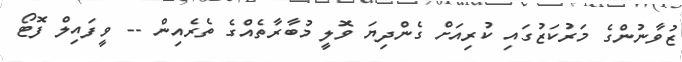
ޒުވާނުންގެ މަރުކަޒުގައި ކުރިއަށް ގެންދިޔަ ވޮލީ މުބާރާތެއްގެ ތެރެއިން -- ވީފައިލް ފޮޓޯ